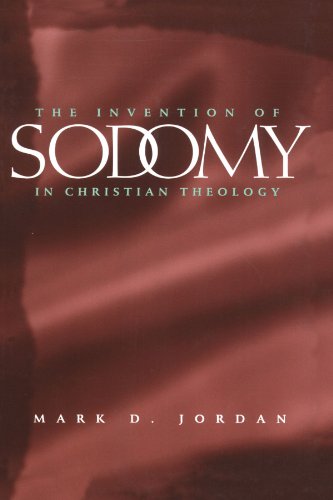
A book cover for The Invention of Sodomy in Christian Theology (The Chicago Series on Sexuality, History, and Society); Mark D. Jordan; History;